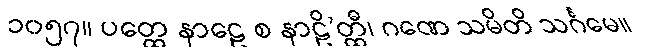
၁၀၅၇။ ပတ္ထေ နာဠေ စ နာဠိ’တ္ထီ၊ ဂဏေ သမိတိ သင်္ဂမေ။